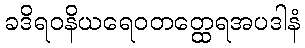
ခဒိရဝနိယရေဝတတ္ထေရအပဒါနံ